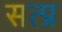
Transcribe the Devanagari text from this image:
सत्प्र